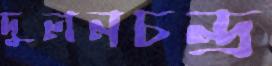
দুলনচন্দ্র